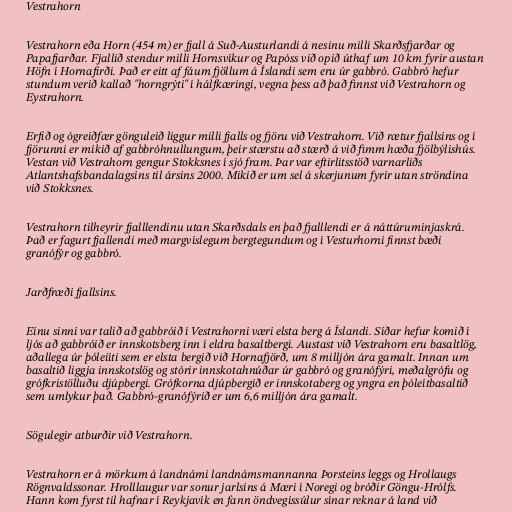
Vestrahorn

Vestrahorn eða Horn (454 m) er fjall á Suð-Austurlandi á nesinu milli Skarðsfjarðar og
Papafjarðar. Fjallið stendur milli Hornsvíkur og Papóss við opið úthaf um 10 km fyrir austan
Höfn í Hornafirði. Það er eitt af fáum fjöllum á Íslandi sem eru úr gabbró. Gabbró hefur
stundum verið kallað "horngrýti" í hálfkæringi, vegna þess að það finnst við Vestrahorn og
Eystrahorn.

Erfið og ógreiðfær gönguleið liggur milli fjalls og fjöru við Vestrahorn. Við rætur fjallsins og í
fjörunni er mikið af gabbróhnullungum, þeir stærstu að stærð á við fimm hæða fjölbýlishús.
Vestan við Vestrahorn gengur Stokksnes í sjó fram. Þar var eftirlitsstöð varnarliðs
Atlantshafsbandalagsins til ársins 2000. Mikið er um sel á skerjunum fyrir utan ströndina
við Stokksnes.

Vestrahorn tilheyrir fjalllendinu utan Skarðsdals en það fjalllendi er á náttúruminjaskrá.
Það er fagurt fjallendi með margvíslegum bergtegundum og í Vesturhorni finnst bæði
granófýr og gabbró.

Jarðfræði fjallsins.

Einu sinni var talið að gabbróið í Vestrahorni væri elsta berg á Íslandi. Síðar hefur komið í
ljós að gabbróið er innskotsberg inn í eldra basaltbergi. Austast við Vestrahorn eru basaltlög,
aðallega úr þóleiíti sem er elsta bergið við Hornafjörð, um 8 milljón ára gamalt. Innan um
basaltið liggja innskotslög og stórir innskotahnúðar úr gabbró og granófýri, meðalgrófu og
grófkristölluðu djúpbergi. Grófkorna djúpbergið er innskotaberg og yngra en þóleítbasaltið
sem umlykur það. Gabbró-granófýrið er um 6,6 milljón ára gamalt.

Sögulegir atburðir við Vestrahorn.

Vestrahorn er á mörkum á landnámi landnámsmannanna Þorsteins leggs og Hrollaugs
Rögnvaldssonar. Hrolllaugur var sonur jarlsins á Mæri í Noregi og bróðir Göngu-Hrólfs.
Hann kom fyrst til hafnar í Reykjavík en fann öndvegissúlur sínar reknar á land við